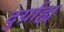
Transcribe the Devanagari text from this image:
दुर्ग्राह्य